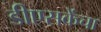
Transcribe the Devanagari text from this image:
डीएसकेंचा